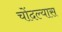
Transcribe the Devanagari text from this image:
चोंदल्यास